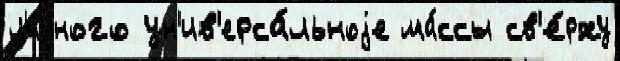
л'и́чного ун'ив'ерса́льноjе ма́ссы св'е́рху